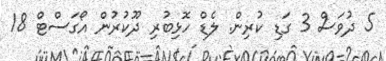
5 ދުވަސް 3 ގަޑި ކުރިން. ލެޑް ހޮޅިބުރި ދޫކުރުން އޯގަސްޓް 18